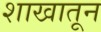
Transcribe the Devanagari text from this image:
शाखातून